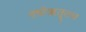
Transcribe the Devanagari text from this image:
वर्षाऋतूतच